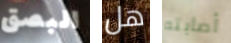
البصق هل أصابته